Report on sanitation, dispensaries, and jails in Rajputana for 1910, and on vaccination for the year 1910-1911 - 1910-1911
Year: 1910
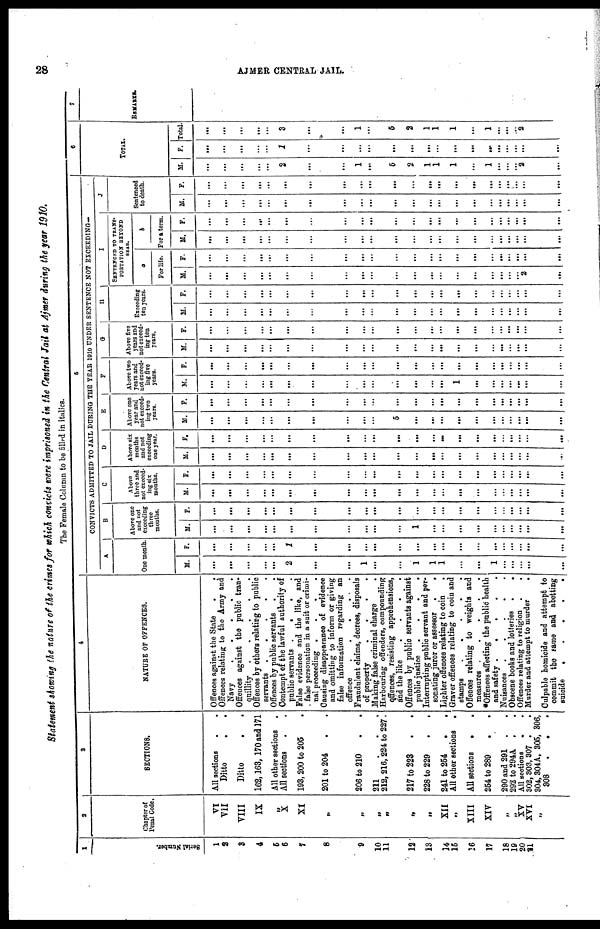
28
AJMER CENTRAL JAIL.
Statement showing the nature of the crimes for which convicts were imprisoned in the Central Jail at Ajmer during the year 1910.
The Female Column to be filled in italics.
1
Serial Number.
1
2
3
4
5
6
7
8
9
10
11
12
13
14
15
16
17
18
19
20
21
2
Chapter of
Penal Code.
VI
VII
VIII
IX
„
X
XI
„
„
„
„
„
„
XII
„
XIII
XIV
„
„
XV
XVI
„
3
SECTIONS.
All sections..
Ditto
.
.
Ditto
162,163, 170 and 171
All other sections
.
All sections..
193,200 to 205.
201 to 204..
206 to 210
.
.
211
.
.
.
212,216, 224 to 227.
217 to 223 ..
228 to 229
241 to 254
..
All other sections
.
All sections
.
.
254 to 289..
290 and 291
.
292 to 294A
.
All sections
.
.
302,303,307 ..
304, 304A, 305, 306,
308
.
. .
4
NATURE OF OFFENCES.
Offences against the State.
Offences relating to the Army and
Navy
Offences against the public tran-
quillity
.
.
.
.
Offences by others relating to public
servants
Offences by public servants..
Contempt of the lawful authority of
public servants
.
.
.
.
False evidence and the like, and
false personation in a suit or crimi-
nal proceeding
.
.
.
.
Causing disappearance of evidence
and omitting to inform or giving
false information regarding an
offence
.
.
.
.
.
Fraudulent claims, decrees, disposals
of property
.
.
.
.
Making false criminal charge
.
Harbouring offenders, compounding
offences, resisting apprehensions,
and the like
.
.
.
.
Offences by public servants against
public justice
.
.
.
.
Interrupting public servant and per-
sonating juror or assessor
..
Lighter offences relating to coin .
Graver offences relating to coin and
stamps
.
.
.
.
.
Offences relating to weights and
measures
*Offences affecting the public health
and safety
Nuisances
.
.
.
.
.
Obscene books and lotteries
..
Offences relating to religion .
.
Murder and attempt to murder
.
Culpable homicide and attempt to
commit the same and abetting
suicide
.
.
.
.
.
5
CONVICTS ADMITTED TO JAIL DURING THE YEAR 1910 UNDER SENTENCE NOT EXCEEDING-
A
One month
M.
...
...
...
...
...
2
...
...
1
...
...
1
1
1
...
...
1
...
...
...
...
...
F.
...
...
...
...
...
1
...
...
...
...
...
...
...
...
...
...
...
...
...
...
...
...
B
Above one
and not
exceeding
three
months.
M.
...
...
...
...
...
...
...
...
...
...
...
1
...
...
...
...
...
...
...
...
...
F.
...
...
...
...
...
...
...
...
...
...
...
...
...
...
...
...
...
...
...
...
...
...
C
Above
three and
not exceed-
ing six
months.
M.
...
...
...
...
...
...
...
...
...
...
...
...
...
...
...
...
...
...
...
...
...
F.
...
...
...
...
...
...
...
...
...
...
...
...
...
...
...
...
...
...
...
...
...
...
D
Above six
months
and not
exceeding
one year.
M.
...
...
...
...
...
...
...
...
...
...
5
...
...
...
...
...
...
...
...
...
...
...
F.
...
...
...
...
...
...
...
...
...
...
...
...
...
...
...
...
...
...
...
...
...
...
E
Above one
year and
not exceed-
ing two
years.
M.
...
...
...
...
...
...
...
...
...
...
...
...
...
...
...
...
...
...
...
...
...
...
F.
...
...
...
...
...
...
...
...
...
...
...
...
...
...
...
...
...
...
...
...
...
...
F
Above two
years and
not exceed-
ing five
years.
M.
...
...
...
...
...
...
...
...
...
...
...
...
...
...
1
...
...
...
...
...
...
...
F.
...
...
...
...
...
...
...
...
...
...
...
...
...
..
...
...
...
...
...
...
...
...
G
Above five
years and
not exceed-
ing ten
years.
M.
...
...
...
...
...
...
...
...
...
...
...
...
...
...
...
...
...
...
...
...
...
...
F.
...
...
...
...
...
...
...
...
...
...
...
...
...
...
...
...
...
...
...
...
...
...
H
Exceeding
ten years.
M.
F.
...
...
...
...
...
...
...
...
...
...
...
...
...
...
...
...
...
...
...
...
...
...
...
...
...
...
...
...
...
...
...
...
...
...
...
...
...
...
...
...
...
...
...
...
I
SENTENCED TO TRANS-
PORTATION BEYOND
SEAS.
a
For life.
M.
...
...
...
...
...
...
...
...
...
...
...
...
...
...
...
...
...
...
...
...
2
...
F.
...
...
...
...
...
...
...
...
...
...
...
...
...
...
...
...
...
...
...
...
...
...
b
For a term.
M.
...
...
...
...
...
...
...
...
...
. ..
...
...
...
...
...
...
...
...
...
...
...
...
F.
...
...
...
...
...
...
...
...
...
...
...
...
...
...
...
...
...
...
...
...
...
...
J
Sentenced
to death.
M.
...
...
...
...
...
...
...
...
...
...
...
...
...
...
...
...
...
...
...
...
...
...
F.
...
...
...
...
...
...
...
...
...
...
...
...
...
..
...
...
...
...
...
...
...
...
6
TOTAL
M.
...
...
...
...
...
2
...
...
1
. ..
5
2
1
1
1
...
1
...
...
...
2
...
F.
...
...
...
...
...
1
...
...
...
...
...
...
...
...
...
...
...
...
...
...
...
...
Total
...
...
...
...
...
3
...
...
1
...
5
2
1
1
1
...
1
...
...
...
2
...
7
REMARKS.